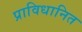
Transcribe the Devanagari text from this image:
प्राविधानित